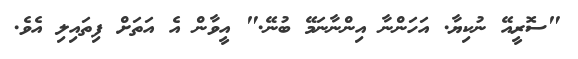
"ސޮރީއޭ ނުކިޔާ. އަހަންނާ އިންނާނަމޭ ބުނޭ." އީވާން އެ އަތަށް ފިތައިލި އެވެ.